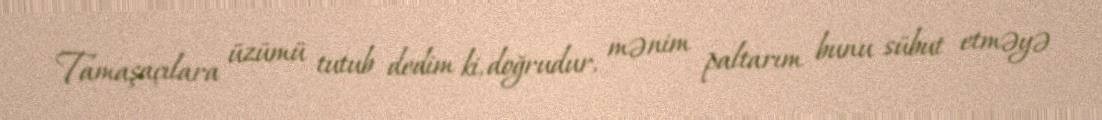
Tamaşaçılara üzümü tutub dedim ki, doğrudur, mənim paltarım bunu sübut etməyə